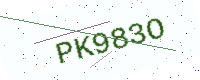
Text: PK983O